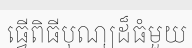
ធ្វើពិធីបុណ្យដ៏ធំមួយ